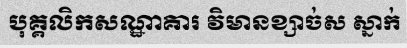
បុគ្គលិកសណ្ឋាគារ វិមានខ្សាច់ស ស្នាក់